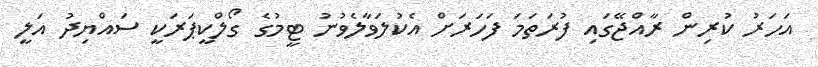
އަހަރު ކުރިން ރާއްޖޭގައި ފުރަތަމަ ފަހަރަށް އެކުލަވާލެވުނު ޓީމުގެ ގޯލްކީޕަރަކީ ސައްޔިދު އަލީ